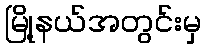
မြို့နယ်အတွင်းမှ